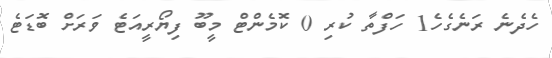
ހެދެނެ ރަނެގެހެ1 ހަފްތާ ކުރި 0 ކޮމެންޓް މީބޫ ފިޔޯރީއަޓެ ވަރަށް ބޮޑަޓެ